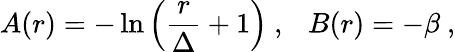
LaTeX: A(r)=-\ln\left({\frac{r}{\Delta}}+1\right)~,~~~B(r)=-\beta~,